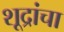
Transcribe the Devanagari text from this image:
शूद्रांचा